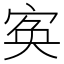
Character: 𡨡